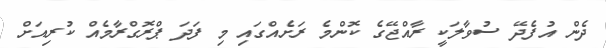
ދެން އުފެދޭ ސުވާލަކީ ރާއްޖޭގެ ކޮންމެ ރަށެއްގައި މި ފަދަ ޕްރޮގްރާމެއް ކުރިއަށް